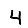
Digit: 4